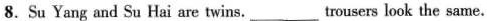
8.Su Yang and Su Hai are twins. ___ trousers look the same.